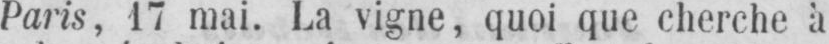
Paris, 17 mai. La vigne, quoi que cherche à